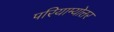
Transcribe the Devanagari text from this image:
परियाम्योत्तर